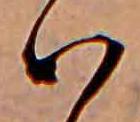
ハ